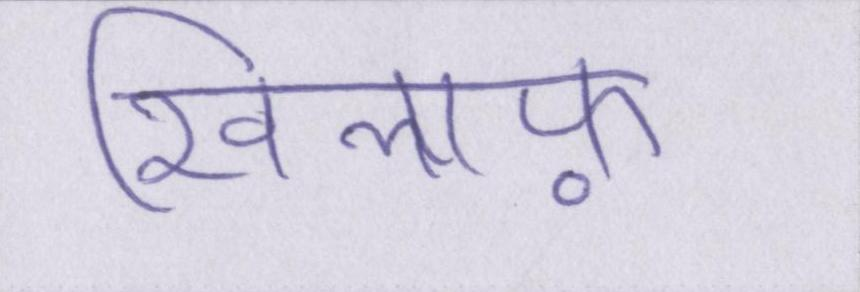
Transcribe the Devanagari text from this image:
खिलाफ़